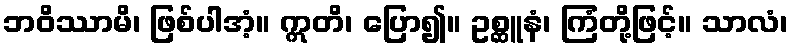
ဘဝိဿာမိ၊ ဖြစ်ပါအံ့။ ဣတိ၊ ပြော၍။ ဥစ္ဆူနံ၊ ကြံတို့ဖြင့်။ သာလံ၊